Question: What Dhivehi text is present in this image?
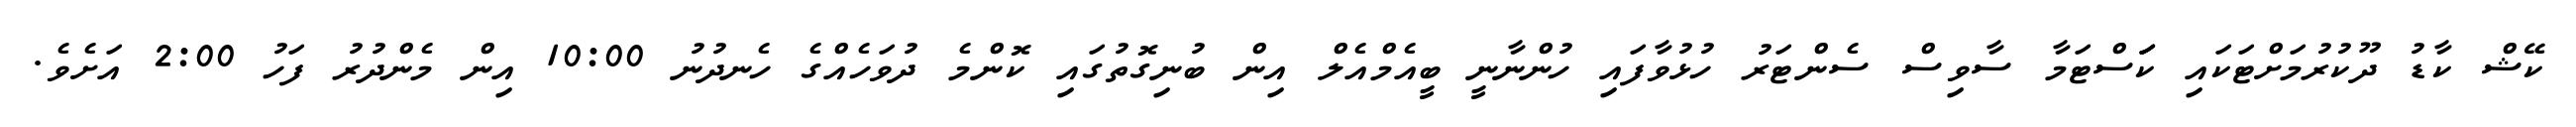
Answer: ކޭޝް ކާޑު ދޫކުރުމަށްޓަކައި ކަަސްޓަމާ ސާވިސް ސެންޓަރު ހުޅުވާފައި ހުންނާނީ ބީއެމްއެލް އިން ބުނިގޮތުގައި ކޮންމެ ދުވަހެއްގެ ހެނދުނު 10:00 އިން މެންދުރު ފަހު 2:00 އަށެވެ.